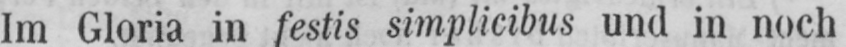
Im Gloria in festis simplicibus und in noch